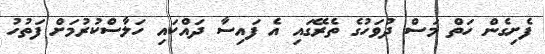
ފެށިގެން ހަތް މަސް ދުވަހުގެ ތެރޭގައި އެ ފައިސާ ދައްކައި ހަލާސްކުރުމަށް ފަތުހު